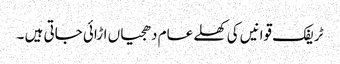
ٹریفک قوانیں کی کھلے عام دھجیاں اڑائی جاتی ہیں ۔